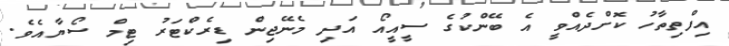
އިފްތިތާހު ކޮށްދެއްވީ އެ ބޭންކުގެ ސީއީއޯ އަދި މެނޭޖިން ޑިރެކްޓަރު ޓިމް ސޯޔާއެވެ.